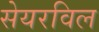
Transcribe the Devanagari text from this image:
सेयरविल